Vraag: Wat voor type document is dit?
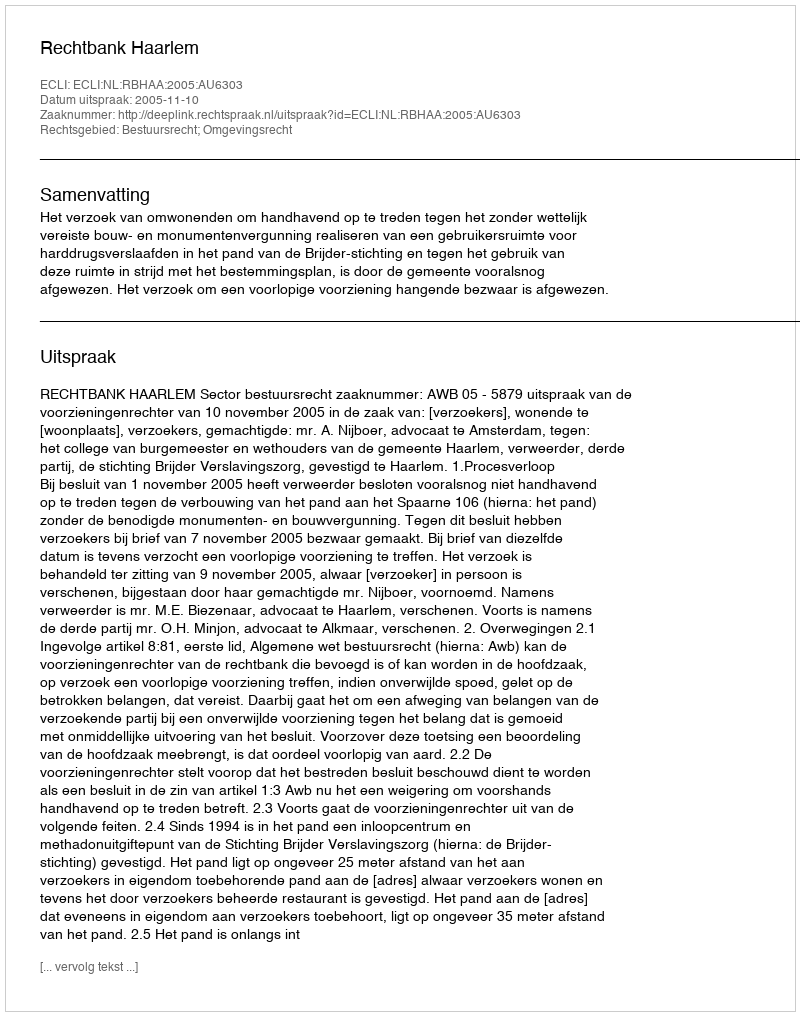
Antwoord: Uitspraak